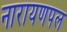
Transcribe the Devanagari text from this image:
नारायणपल